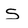
Character: s